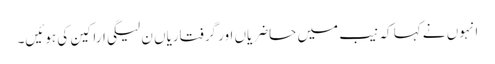
انہوں نے کہا کہ نیب میں حاضریاں اور گرفتاریاں ن لیگی اراکین کی ہوئیں۔